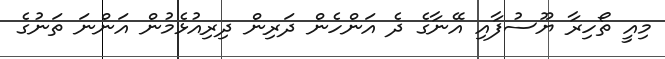
މިއީ ތޯހިރާ ޔޫސުފާއި އޭނާގެ ދެ އަންހެން ދަރިން ދިރިއުޅެމުން އަންނަ ތަނުގެ